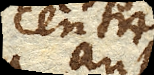
centro